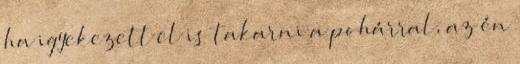
ha igyekezett el is takarni a pohárral, az én